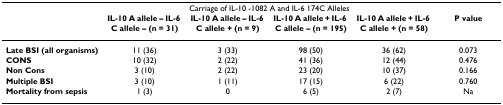
<table><thead><tr><td></td><td colspan="4"><b>Carriage of IL-10 -1082 A and IL-6 174C Alleles</b></td><td></td></tr><tr><td></td><td><b>IL-10 A allele – IL-6 C allele – (n = 31)</b></td><td><b>IL-10 A allele – IL-6 C allele + (n = 9)</b></td><td><b>IL-10 A allele + IL-6 C allele – (n = 195)</b></td><td><b>IL-10 A allele + IL-6 C allele + (n = 58)</b></td><td><b>P value</b></td></tr></thead><tbody><tr><td><b>Late BSI (all organisms)</b></td><td>11 (36)</td><td>3 (33)</td><td>98 (50)</td><td>36 (62)</td><td>0.073</td></tr><tr><td><b>CONS</b></td><td>10 (32)</td><td>2 (22)</td><td>41 (36)</td><td>12 (44)</td><td>0.476</td></tr><tr><td><b>Non Cons</b></td><td>3 (10)</td><td>2 (22)</td><td>23 (20)</td><td>10 (37)</td><td>0.166</td></tr><tr><td><b>Multiple BSI</b></td><td>3 (10)</td><td>1 (11)</td><td>17 (15)</td><td>6 (22)</td><td>0.760</td></tr><tr><td><b>Mortality from sepsis</b></td><td>1 (3)</td><td>0</td><td>6 (5)</td><td>2 (7)</td><td>Na</td></tr></tbody></table>